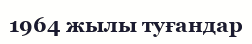
1964 жылы туғандар